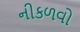
નીકળવો